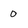
Character: 0